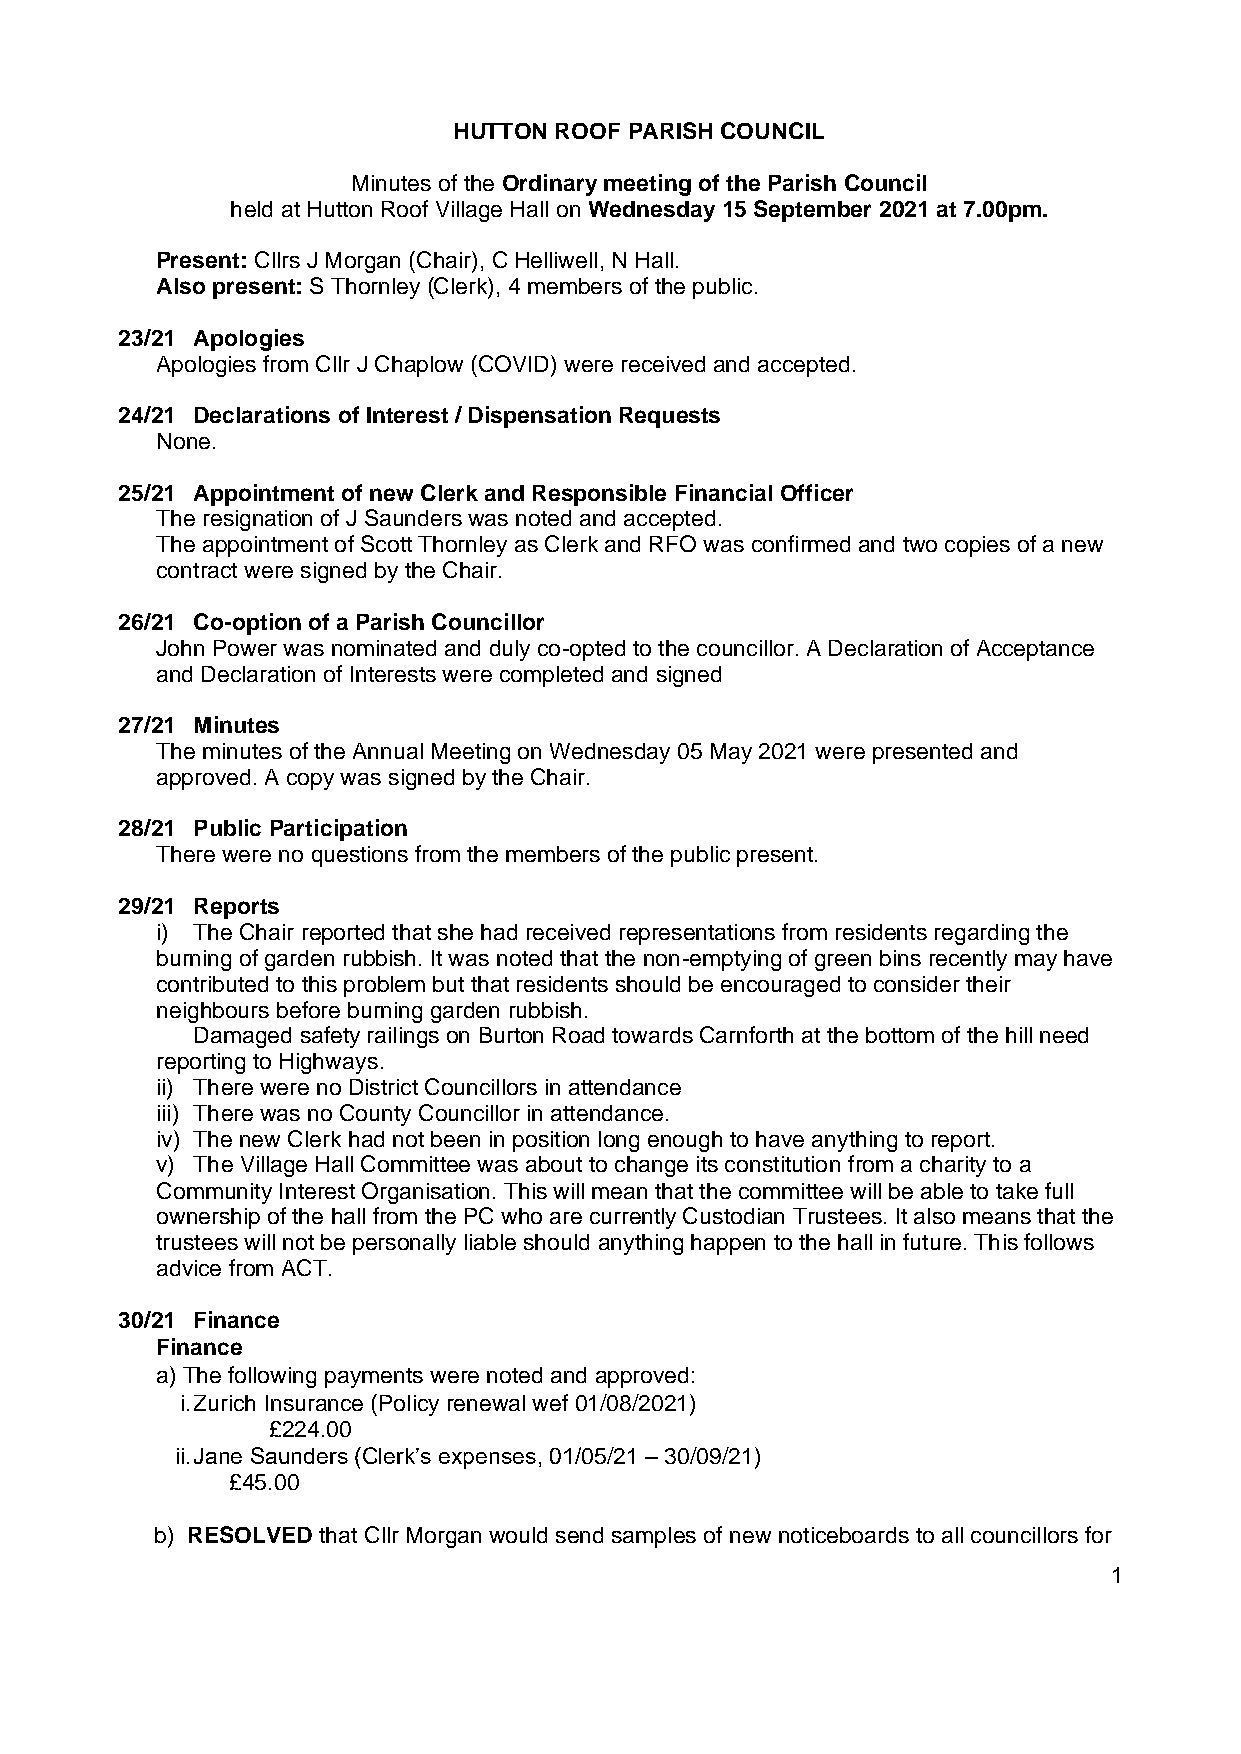
HUTTON ROOF PARISH COUNCIL
 Minutes of the Ordinary meeting of the Parish Council
 held at Hutton Roof Village Hall on Wednesday 15 September 2021 at 7.00pm.
 Present: Cllrs J Morgan (Chair), C Helliwell, N Hall.
 Also present: S Thornley (Clerk), 4 members of the public.
 23/21 Apologies
 Apologies from Cllr J Chaplow (COVID) were received and accepted.
 24/21 Declarations of Interest / Dispensation Requests
 None.
 25/21 Appointment of new Clerk and Responsible Financial Officer
 The resignation of J Saunders was noted and accepted.
 The appointment of Scott Thornley as Clerk and RFO was confirmed and two copies of a new
 contract were signed by the Chair.
 26/21 Co-option of a Parish Councillor
 John Power was nominated and duly co-opted to the councillor. A Declaration of Acceptance
 and Declaration of Interests were completed and signed
 27/21 Minutes
 The minutes of the Annual Meeting on Wednesday 05 May 2021 were presented and
 approved. A copy was signed by the Chair.
 28/21 Public Participation
 There were no questions from the members of the public present.
 29/21 Reports
 i) The Chair reported that she had received representations from residents regarding the
 burning of garden rubbish. It was noted that the non-emptying of green bins recently may have
 contributed to this problem but that residents should be encouraged to consider their
 neighbours before burning garden rubbish.
 Damaged safety railings on Burton Road towards Carnforth at the bottom of the hill need
 reporting to Highways.
 ii) There were no District Councillors in attendance
 iii) There was no County Councillor in attendance.
 iv) The new Clerk had not been in position long enough to have anything to report.
 v) The Village Hall Committee was about to change its constitution from a charity to a
 Community Interest Organisation. This will mean that the committee will be able to take full
 ownership of the hall from the PC who are currently Custodian Trustees. It also means that the
 trustees will not be personally liable should anything happen to the hall in future. This follows
 advice from ACT.
 30/21 Finance
 Finance
 a) The following payments were noted and approved:
 i. Zurich Insurance (Policy renewal wef 01/08/2021)
 £224.00
 ii. Jane Saunders (Clerk’s expenses, 01/05/21 – 30/09/21)
 £45.00
 b) RESOLVED that Cllr Morgan would send samples of new noticeboards to all councillors for
 1